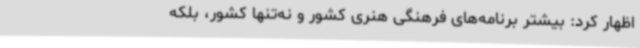
اظهار کرد: بیشتر برنامه‌های فرهنگی هنری کشور و نه‌تنها کشور، بلکه